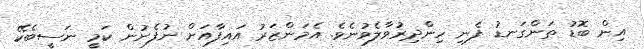
އިން ބޮޑު ތަންގަނޑު ފެނި ހިންދިރުވާލެވުނެވެ. އެމަންޒަރު އައިފާއަށް ނުފެނުން ކަމީ ނަސީބެކޭ